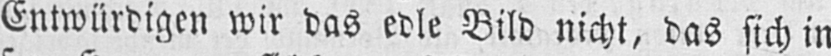
Entwürdigen wir das edle Bild nicht, das sich in